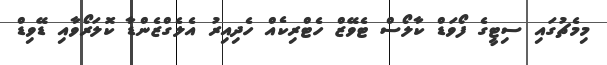
މިމެޗުގައި ސިޓީގެ ފޯވަޑް ކާލޯސް ޓެވޭޒް ހެޓްރިކެއް ހެދިިއިރު އެލެގްޒެންޑާ ކޮލަރޯވާއި ޑޭވިޑް